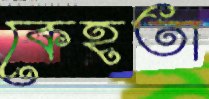
কেহতা